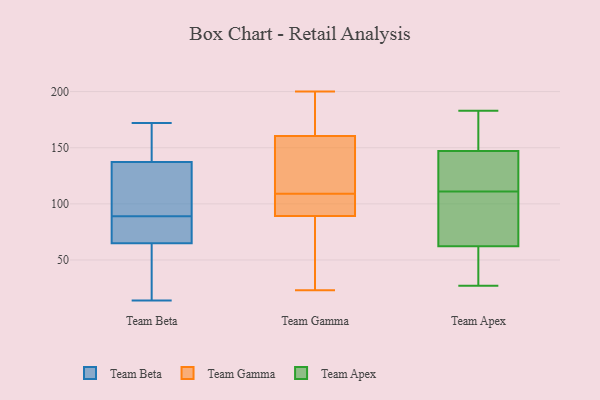
{"axis": {"x": "Production Output", "y": "Value"}, "legend": ["Team Apex", "Team Beta", "Team Gamma"], "data": [{"x": "", "y": 89, "type": "Team Beta"}, {"x": "", "y": 26, "type": "Team Beta"}, {"x": "", "y": 93, "type": "Team Beta"}, {"x": "", "y": 24, "type": "Team Beta"}, {"x": "", "y": 136, "type": "Team Beta"}, {"x": "", "y": 78, "type": "Team Beta"}, {"x": "", "y": 95, "type": "Team Beta"}, {"x": "", "y": 14, "type": "Team Beta"}, {"x": "", "y": 172, "type": "Team Beta"}, {"x": "", "y": 79, "type": "Team Beta"}, {"x": "", "y": 141, "type": "Team Beta"}, {"x": "", "y": 88, "type": "Team Beta"}, {"x": "", "y": 144, "type": "Team Beta"}, {"x": "", "y": 186, "type": "Team Gamma"}, {"x": "", "y": 128, "type": "Team Gamma"}, {"x": "", "y": 165, "type": "Team Gamma"}, {"x": "", "y": 159, "type": "Team Gamma"}, {"x": "", "y": 91, "type": "Team Gamma"}, {"x": "", "y": 56, "type": "Team Gamma"}, {"x": "", "y": 84, "type": "Team Gamma"}, {"x": "", "y": 131, "type": "Team Gamma"}, {"x": "", "y": 99, "type": "Team Gamma"}, {"x": "", "y": 109, "type": "Team Gamma"}, {"x": "", "y": 23, "type": "Team Gamma"}, {"x": "", "y": 200, "type": "Team Gamma"}, {"x": "", "y": 95, "type": "Team Gamma"}, {"x": "", "y": 146, "type": "Team Apex"}, {"x": "", "y": 119, "type": "Team Apex"}, {"x": "", "y": 111, "type": "Team Apex"}, {"x": "", "y": 130, "type": "Team Apex"}, {"x": "", "y": 64, "type": "Team Apex"}, {"x": "", "y": 27, "type": "Team Apex"}, {"x": "", "y": 56, "type": "Team Apex"}, {"x": "", "y": 183, "type": "Team Apex"}, {"x": "", "y": 150, "type": "Team Apex"}, {"x": "", "y": 153, "type": "Team Apex"}, {"x": "", "y": 88, "type": "Team Apex"}, {"x": "", "y": 57, "type": "Team Apex"}, {"x": "", "y": 103, "type": "Team Apex"}]}